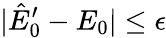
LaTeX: |\hat{E}_{0}^{\prime}-E_{0}|\leq\epsilon